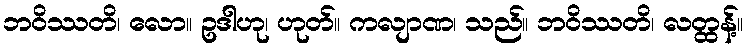
ဘဝိဿတိ၊ လော။ ဥဒါဟု၊ ဟုတ်။ ကလျာဏ၊ သည်။ ဘဝိဿတိ၊ လတ္ထန့်။